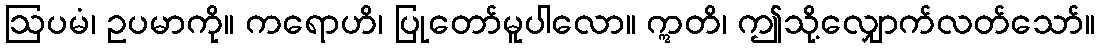
ဩပမံ၊ ဥပမာကို။ ကရောဟိ၊ ပြုတော်မူပါလော။ ဣတိ၊ ဤသို့လျှောက်လတ်သော်။